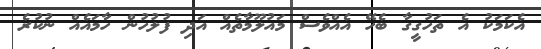
އެކަމަކު އެ ތަހުގީގާ ބެހޭ އެއްވެސް މައުލޫމާތެއް އަދި ފުލުހުން ހާމައެއް ނުކުރެ